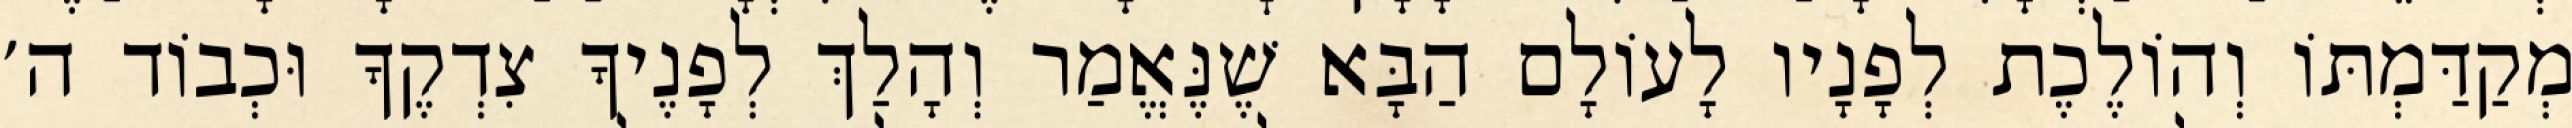
מְקַדַּמְתּוֹ וְהוֹלֶכֶת לְפָנָיו לָעוֹלָם הַבָּא שֶׁנֶּאֱמַר וְהָלַךְ לְפָנֶיךָ צִדְקֶךָ וּכְבוֹד ה׳